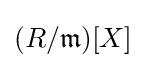
(R/{\mathfrak {m}})[X]